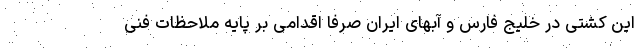
این کشتی در خلیج فارس و آبهای ایران صرفا اقدامی بر پایه ملاحظات فنی